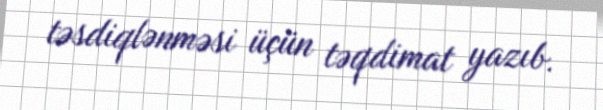
təsdiqlənməsi üçün təqdimat yazıb.